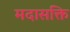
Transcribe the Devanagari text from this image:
मदासक्ति